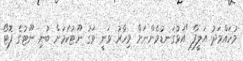
މުހައްމަދު އަލީފް "އަޅުގަނޑުމެންނަށް މިހާރު ވަނީ ވަގު ނޫޓުކަމަށް ބުނި ނޫޓުގެ ފޮޓޯ